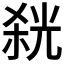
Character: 𭪬